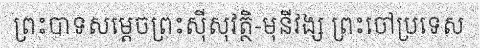
ព្រះបាទសម្តេចព្រះស៊ីសុវត្ថិ-មុនីវង្ស ព្រះចៅប្រទេស